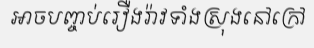
អាចបញ្ចប់រឿងរ៉ាវទាំងស្រុងនៅក្រៅ